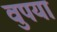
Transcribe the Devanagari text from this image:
वुपया